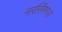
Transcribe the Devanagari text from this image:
नरसिंगगड